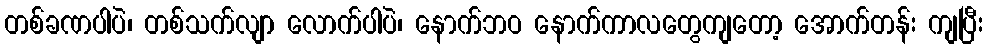
တစ်ခဏပါပဲ၊ တစ်သက်လျာ လောက်ပါပဲ၊ နောက်ဘဝ နောက်ကာလတွေကျတော့ အောက်တန်း ကျပြီး